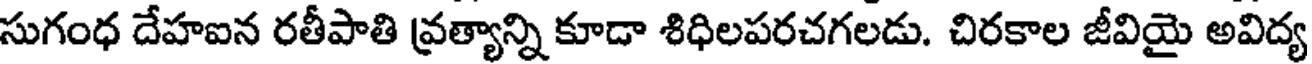
సుగంధ దేహఐన రతీపాతి వ్రత్యాన్ని కూడా శిధిలపరచగలడు. చిరకాల జీవియై అవిద్య